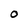
Character: O